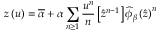
z \left( u \right) = \overline { { \alpha } } + \alpha \sum _ { n \geq 1 } \frac { u ^ { n } } { n } \left[ \widehat { z } ^ { n - 1 } \right] \widehat { \phi } _ { \beta } \left( \widehat { z } \right) ^ { n }